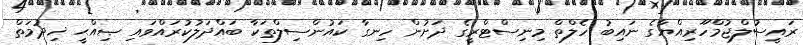
ރައީސުލްޖުމްހޫރިއްޔާގެ ނައިބު ހެލްތް މިނިސްޓްރީގެ ދަށުން ހިނގާ ކައުންސިލްތަކާ ބައްދަލުކުރައްވައި ޞިއްޙީ ޚިދުމަތް